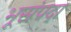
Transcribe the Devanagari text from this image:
भूसंपदा